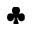
\clubsuit